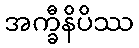
အက္ခီနိပိဿ